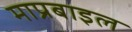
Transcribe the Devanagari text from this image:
माप्रबाइल